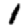
Digit: 1